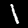
Digit: 1